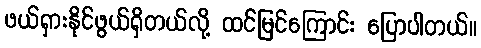
ဖယ်ရှားနိုင်ဖွယ်ရှိတယ်လို့ ထင်မြင်ကြောင်း ပြောပါတယ်။